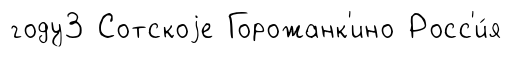
году3 Сотскоjе Горожанк'ино Росс'и́я